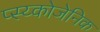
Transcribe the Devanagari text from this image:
प्स्य्कोजेनिक